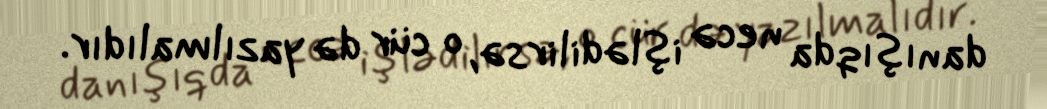
danışıqda necə işlədilirsə, o cür də yazılmalıdır.